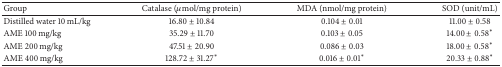
<table><thead><tr><td><b>Group</b></td><td><b>Catalase (<i>μ</i>mol/mg protein)</b></td><td><b>MDA (nmol/mg protein)</b></td><td><b>SOD (unit/mL)</b></td></tr></thead><tbody><tr><td>Distilled water 10 mL/kg</td><td>16.80 ± 10.84</td><td>0.104 ± 0.01</td><td>11.00 ± 0.58</td></tr><tr><td>AME 100 mg/kg</td><td>35.29 ± 11.70</td><td>0.103 ± 0.05</td><td>14.00 ± 0.58*</td></tr><tr><td>AME 200 mg/kg</td><td>47.51 ± 20.90</td><td>0.086 ± 0.03</td><td>18.00 ± 0.58*</td></tr><tr><td>AME 400 mg/kg</td><td>128.72 ± 31.27*</td><td>0.016 ± 0.01*</td><td>20.33 ± 0.88*</td></tr></tbody></table>